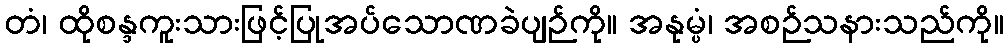
တံ၊ ထိုစန္ဒကူးသားဖြင့်ပြုအပ်သောဏခဲပျဉ်ကို။ အနုမ္ပံ၊ အစဉ်သနားသည်ကို။